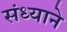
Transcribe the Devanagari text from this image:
संध्याने